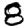
Digit: 8